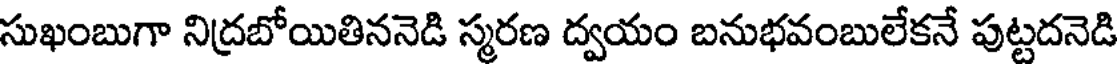
సుఖంబుగా నిద్రబోయితిననెడి స్మరణ ద్వయం బనుభవంబులేకనే పుట్టదనెడి